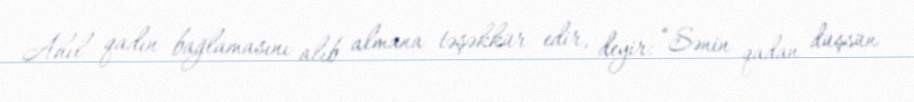
Ahıl qadın bağlamasını alıb almana təşəkkür edir, deyir: “Sənin qadan düşsün